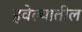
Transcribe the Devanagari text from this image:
हवेल्यातील